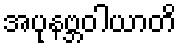
အပုနဗ္ဘဝါယာတိ